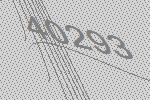
40293